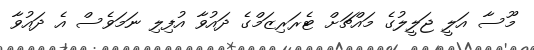
މޫސާ އަލީ ޖަލީލުގެ މައްޗަށް ޓެރަރިޒަމްގެ ދައުވާ އުފިލި ނަމަވެސް އެ ދައުވާ